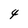
Character: 4